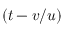
( t - v / u )